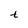
Character: t